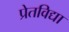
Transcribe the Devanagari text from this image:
प्रेतविद्या